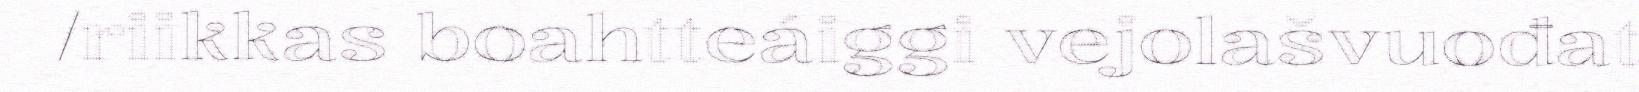
/riikkas boahtteáiggi vejolašvuođat